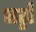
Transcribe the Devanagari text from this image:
चट्टों